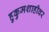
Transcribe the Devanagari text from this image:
हुकुमशाहीवर